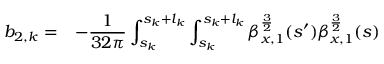
\begin{array} { c l } { \displaystyle b _ { 2 , k } = } & { \displaystyle - \frac { 1 } { 3 2 \pi } \int _ { s _ { k } } ^ { s _ { k } + l _ { k } } { \int _ { s _ { k } } ^ { s _ { k } + l _ { k } } { \beta _ { x , 1 } ^ { \frac { 3 } { 2 } } ( s ^ { \prime } ) \beta _ { x , 1 } ^ { \frac { 3 } { 2 } } ( s ) } } } \end{array}